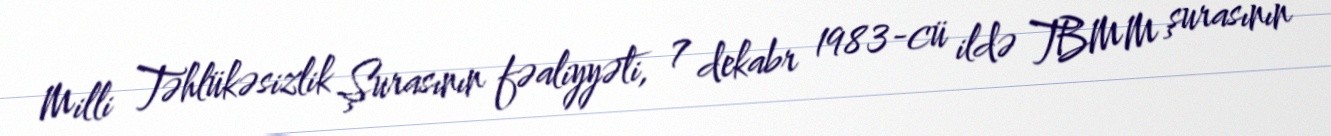
Milli Təhlükəsizlik Şurasının fəaliyyəti, 7 dekabr 1983-cü ildə TBMM şurasının